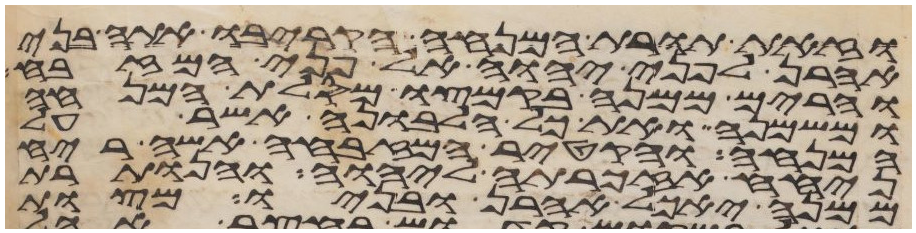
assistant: וזאת תורת המנחה הקריבו אתה בני
אהרן לפני יהוה אל פני המזבח
והרים ממנה בקמצו מסלת המנחה
ומשמנה ואת כל הלבונה אשר על
המנחה והקטיר המזבחה אשה ריח
ניחח אזכרתה ליהוה והנותרת
ממנה יאכל אהרן ובניו מצות